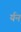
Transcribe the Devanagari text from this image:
र्यन